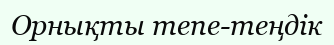
Орнықты тепе-теңдік